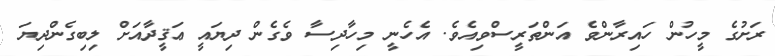
ރަށުގެ މީހުން ހައިރާންވެ އަންތަރީސްވިއެވެ. އެހެނީ މިހާދިސާ ވެގެން ދިޔައީ ޢަޤީދާއަށް ލިބިގެންދިޔަ